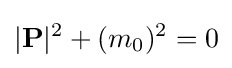
|\mathbf {P} |^{2}+(m_{0})^{2}=0